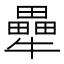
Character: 𭷶